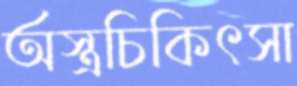
অস্ত্রচিকিৎসা